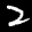
Label: 2